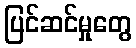
ပြင်ဆင်မှုတွေ